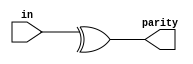
/*
You're already familiar with bitwise operations between two values, e.g., a & b or a ^ b. Sometimes, you want to create a wide gate that operates on all of the bits of one vector, like (a[0] & a[1] & a[2] & a[3] ... ), which gets tedious if the vector is long.

The reduction operators can do AND, OR, and XOR of the bits of a vector, producing one bit of output:

& a[3:0]     // AND: a[3]&a[2]&a[1]&a[0]. Equivalent to (a[3:0] == 4'hf)
| b[3:0]     // OR:  b[3]|b[2]|b[1]|b[0]. Equivalent to (b[3:0] != 4'h0)
^ c[2:0]     // XOR: c[2]^c[1]^c[0]
These are unary operators that have only one operand (similar to the NOT operators ! and ~). You can also invert the outputs of these to create NAND, NOR, and XNOR gates, e.g., (~& d[7:0]).

Now you can revisit 4-input gates and 100-input gates.

A Bit of Practice
Parity checking is often used as a simple method of detecting errors when transmitting data through an imperfect channel. Create a circuit that will compute a parity bit for a 8-bit byte (which will add a 9th bit to the byte). We will use "even" parity, where the parity bit is just the XOR of all 8 data bits.

Expected solution length: Around 1 line.
*/

module top_module (
    input [7:0] in,
    output parity); 
    assign parity = ^in[7:0];

endmodule